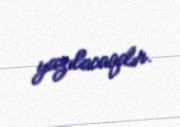
yazılacaqdır.